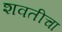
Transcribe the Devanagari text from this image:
शवतीचा